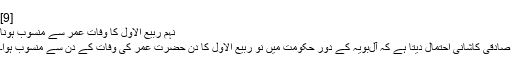
[9]
نہم ربیع الاول کا وفات عمر سے منسوب ہونا
صادقی کاشانی احتمال دیتا ہے کہ آل‌بویہ کے دور حکومت میں نو ربیع الاول کا دن حضرت عمر کی وفات کے دن سے منسوب ہوا۔